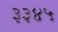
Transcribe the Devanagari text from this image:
३३४५